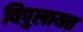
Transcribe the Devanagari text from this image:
विपुलायत